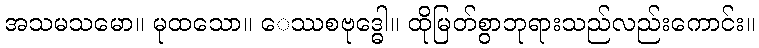
အသမသမော။ မုထသော။ ေဿစဗုဒ္ဓေါ။ ထိုမြတ်စွာဘုရားသည်လည်းကောင်း။